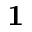
\mathbf { 1 }